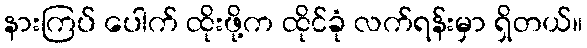
နားကြပ် ပေါက် ထိုးဖို့က ထိုင်ခုံ လက်ရန်းမှာ ရှိတယ်။